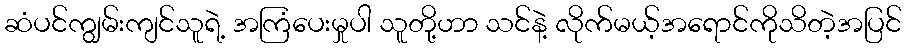
ဆံပင်ကျွမ်းကျင်သူရဲ့ အကြံပေးမှုပါ သူတို့ဟာ သင်နဲ့ လိုက်မယ့်အရောင်ကိုသိတဲ့အပြင်